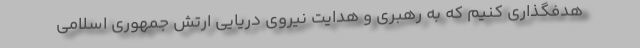
هدفگذاری کنیم که به رهبری و هدایت نیروی دریایی ارتش جمهوری اسلامی